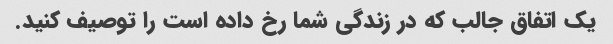
یک اتفاق جالب که در زندگی شما رخ داده است را توصیف کنید.